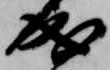
成